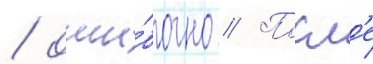
/ оши́бочно // Посл'е